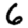
Digit: 6